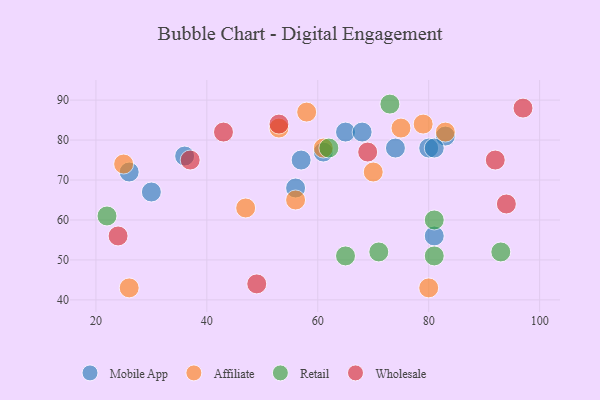
{"axis": {"x": "GDP", "y": "Life Expectancy"}, "legend": ["Affiliate", "Mobile App", "Retail", "Wholesale"], "data": [{"x": "36", "y": 76, "type": "Mobile App"}, {"x": "65", "y": 82, "type": "Mobile App"}, {"x": "68", "y": 82, "type": "Mobile App"}, {"x": "81", "y": 56, "type": "Mobile App"}, {"x": "57", "y": 75, "type": "Mobile App"}, {"x": "74", "y": 78, "type": "Mobile App"}, {"x": "61", "y": 77, "type": "Mobile App"}, {"x": "83", "y": 81, "type": "Mobile App"}, {"x": "56", "y": 68, "type": "Mobile App"}, {"x": "80", "y": 78, "type": "Mobile App"}, {"x": "26", "y": 72, "type": "Mobile App"}, {"x": "30", "y": 67, "type": "Mobile App"}, {"x": "81", "y": 78, "type": "Mobile App"}, {"x": "75", "y": 83, "type": "Affiliate"}, {"x": "79", "y": 84, "type": "Affiliate"}, {"x": "26", "y": 43, "type": "Affiliate"}, {"x": "83", "y": 82, "type": "Affiliate"}, {"x": "47", "y": 63, "type": "Affiliate"}, {"x": "58", "y": 87, "type": "Affiliate"}, {"x": "70", "y": 72, "type": "Affiliate"}, {"x": "25", "y": 74, "type": "Affiliate"}, {"x": "61", "y": 78, "type": "Affiliate"}, {"x": "53", "y": 83, "type": "Affiliate"}, {"x": "80", "y": 43, "type": "Affiliate"}, {"x": "56", "y": 65, "type": "Affiliate"}, {"x": "73", "y": 89, "type": "Retail"}, {"x": "81", "y": 60, "type": "Retail"}, {"x": "22", "y": 61, "type": "Retail"}, {"x": "93", "y": 52, "type": "Retail"}, {"x": "62", "y": 78, "type": "Retail"}, {"x": "65", "y": 51, "type": "Retail"}, {"x": "81", "y": 51, "type": "Retail"}, {"x": "71", "y": 52, "type": "Retail"}, {"x": "53", "y": 84, "type": "Wholesale"}, {"x": "43", "y": 82, "type": "Wholesale"}, {"x": "69", "y": 77, "type": "Wholesale"}, {"x": "49", "y": 44, "type": "Wholesale"}, {"x": "92", "y": 75, "type": "Wholesale"}, {"x": "24", "y": 56, "type": "Wholesale"}, {"x": "94", "y": 64, "type": "Wholesale"}, {"x": "37", "y": 75, "type": "Wholesale"}, {"x": "97", "y": 88, "type": "Wholesale"}]}